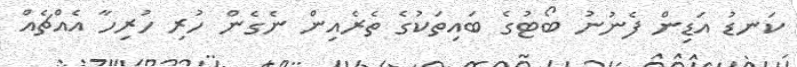
ކަނޑު އަޑިން ފެނުނު ބޯޓުގެ ބައިތަކުގެ ތެރެއިން ނެގެން ހުރި ހުރިހާ އެއްޗެއް